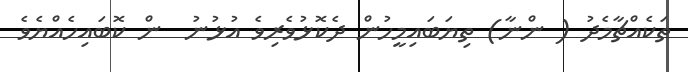
ތަކެއްޗާމެދު ( ންނާ) ތިޔަބައިމީހުން ދެކޮޅުވެރިވެ އުޅުނު  ން ކޮބައިހެއްޔެވެ